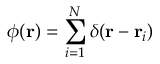
\phi ( \mathbf { r } ) = \sum _ { i = 1 } ^ { N } \delta ( \mathbf { r } - \mathbf { r } _ { i } )